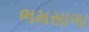
ભમસાળા